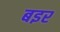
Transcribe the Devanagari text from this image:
बइर